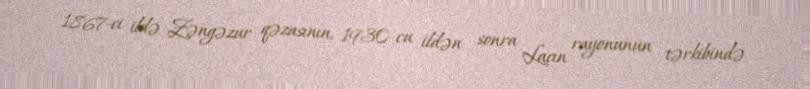
1867-ci ildə Zəngəzur qəzasının, 1930-cu ildən sonra Laçın rayonunun tərkibində